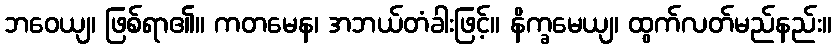
ဘဝေယျ၊ ဖြစ်ရာ၏။ ကတမေန၊ အဘယ်တံခါးဖြင့်။ နိက္ခမေယျ၊ ထွက်လတ်မည်နည်း။